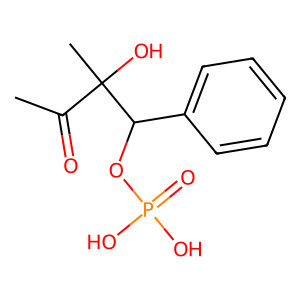
SMILES: CC(=O)C(C)(O)C(OP(=O)(O)O)c1ccccc1
Inhibits HIV replication: No